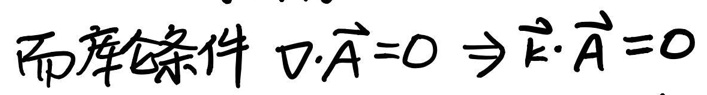
库仑条件 \(\nabla \cdot \vec{A} = 0 \Rightarrow \vec{F} \cdot \vec{A} = 0\)